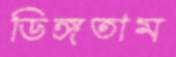
ডিঙ্গতাম